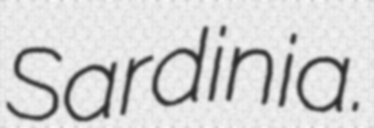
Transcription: Sardinia.